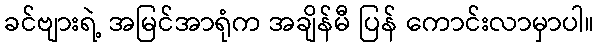
ခင်ဗျားရဲ့ အမြင်အာရုံက အချိန်မီ ပြန် ကောင်းလာမှာပါ။